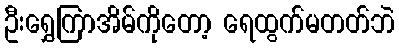
ဦးရွှေကြာအိမ်ကိုတော့ ရေထွက်မတတ်ဘဲ